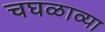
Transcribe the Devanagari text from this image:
चघळाव्या